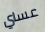
عساي